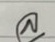
ล